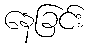
နေခြင်း